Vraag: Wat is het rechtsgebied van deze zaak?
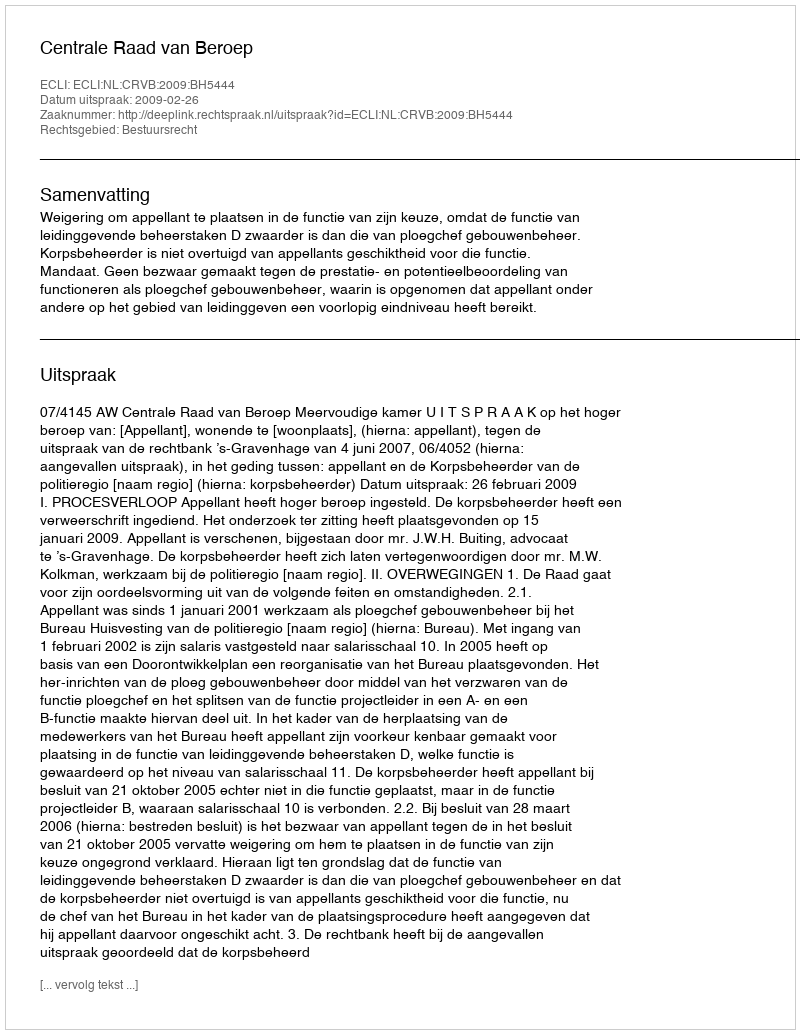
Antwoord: Bestuursrecht